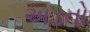
અડતો